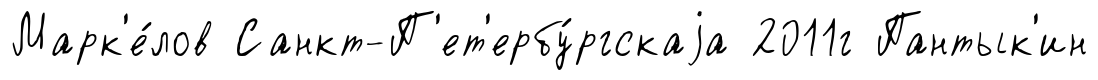
Марк'е́лов Санкт-П'ет'ербу́ргскаjа 2011г Пантык'ин